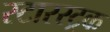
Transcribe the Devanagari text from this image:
स्टारस्ट्रक